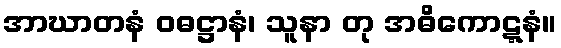
အာဃာတနံ ဝဓဋ္ဌာနံ၊ သူနာ တု အဓိကောဋ္ဋနံ။